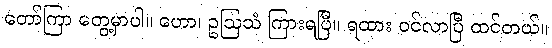
တော်ကြာ တွေ့မှာပါ။ ဟော၊ ဥဩသံ ကြားရပြီ။ ရထား ဝင်လာပြီ ထင်တယ်။